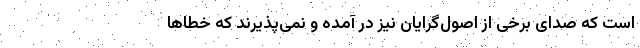
است که صدای برخی از اصول‌گرایان نیز در آمده و نمی‌پذیرند که خطاها